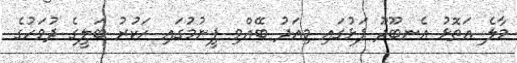
މާލެ އަތޮޅު އެނބޫދޫ ފަޅުގައި މިއަދު ބޭއްވި ފީނުމުގައި ހަކުރު ބަލީގެ ދުވަހުގެ